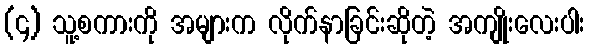
(၄) သူ့စကားကို အများက လိုက်နာခြင်းဆိုတဲ့ အကျိုးလေးပါး